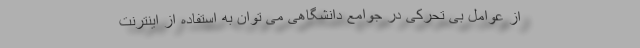
از عوامل بی تحرکی در جوامع دانشگاهی می توان به استفاده از اینترنت